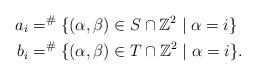
LaTeX: \begin{align*}a_i & = ^\# \{ (\alpha, \beta) \in S \cap {\Bbb Z}^2 \mid \alpha = i \} \\b_i & = ^\# \{ (\alpha, \beta) \in T \cap {\Bbb Z}^2 \mid \alpha = i \} .\end{align*}